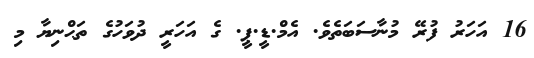
16 އަހަރު ފުރޭ މުނާސަބަތެވެ. އެމް.ޑީ.ޕީ. ގެ އަހަރީ ދުވަހުގެ ތަޙްނިޔާ މި